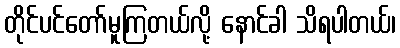
တိုင်ပင်တော်မူကြတယ်လို့ နောင်ခါ သိရပါတယ်၊